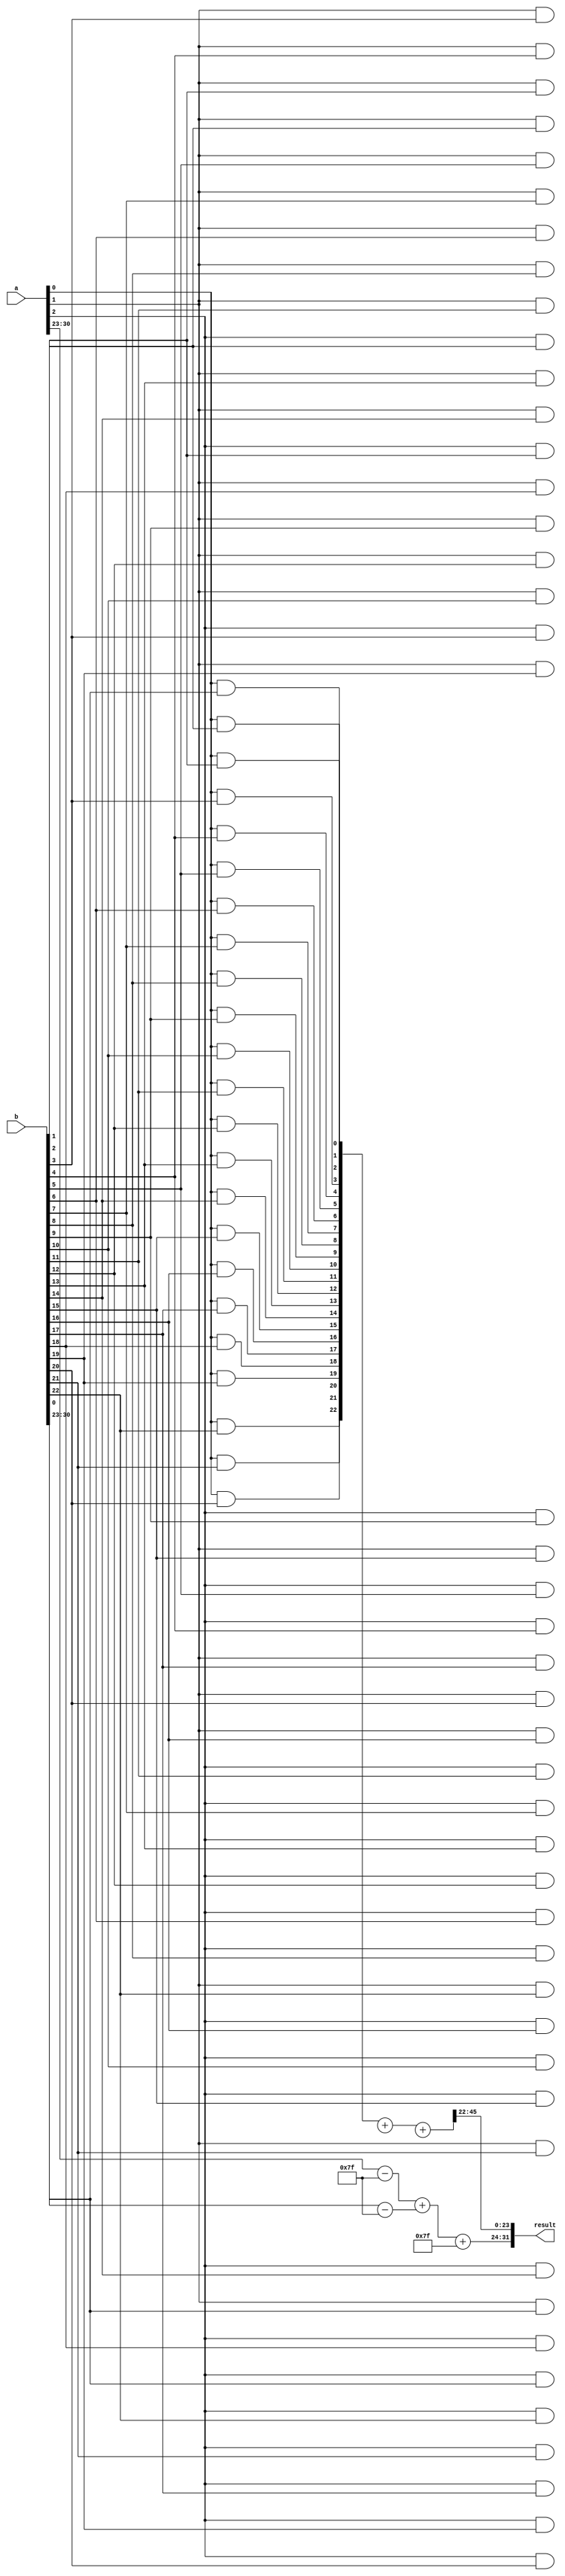
module floating_point_wallace_multiplier (
    input [31:0] a,  // First floating-point input
    input [31:0] b,  // Second floating-point input
    output [31:0] result // Resulting floating-point output
);

// Constants
parameter EXPONENT_BITS = 8;
parameter MANTISSA_BITS = 23;
parameter BIAS = 127;
parameter TOTAL_BITS = 32;

// Internal signals
wire sign_a, sign_b;
wire [EXPONENT_BITS-1:0] exp_a, exp_b;
wire [MANTISSA_BITS:0] mant_a, mant_b; // Mantissa with implicit leading 1
wire [EXPONENT_BITS-1:0] exp_result;
wire [MANTISSA_BITS * 2:0] mant_result; // Array to store mantissa multiplication result
wire sign_result;

// Extracting components from the inputs
assign sign_a = a[31];
assign sign_b = b[31];
assign exp_a = a[30:23];
assign exp_b = b[30:23];
assign mant_a = {1'b1, a[22:0]}; // Include implicit leading 1
assign mant_b = {1'b1, b[22:0]}; // Include implicit leading 1

// Exponent calculation
wire signed [8:0] adjusted_exp_a = exp_a - BIAS;
wire signed [8:0] adjusted_exp_b = exp_b - BIAS;
assign exp_result = adjusted_exp_a + adjusted_exp_b + BIAS;

// Sign calculation
assign sign_result = sign_a ^ sign_b;

// Mantissa multiplication using a Wallace tree (simplified for illustration)
wire [MANTISSA_BITS*2:0] partial_product [0:MANTISSA_BITS];
genvar i, j;
generate
    for (i = 0; i < MANTISSA_BITS; i = i + 1) begin: mant_mul
        for (j = 0; j < MANTISSA_BITS; j = j + 1) begin: inner_mant_mul
            assign partial_product[i][i+j] = mant_a[i] & mant_b[j]; // AND for partial products
        end
    end
endgenerate

// A simple Wallace tree reduction (very simplified)
// In a real implementation, you'd need a full structure to reduce bits properly
wire [MANTISSA_BITS*2:0] sum_result;
assign sum_result = partial_product[0] + partial_product[1] + partial_product[2]; // Simplified summation

// Normalization
// This part requires more detailed consideration for shifting and adjusting exponent
// For simplicity, we'll assume the product is normalized and doesn't need adjustment
// In real implementation, you would need a logic to shift and calculate proper exponent

// Result packing
assign result = {sign_result, exp_result[7:0], sum_result[MANTISSA_BITS*2 - 1:MANTISSA_BITS - 1]}; // Simplified

endmodule